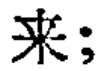
来;